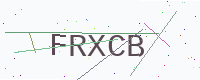
Text: FRXCB